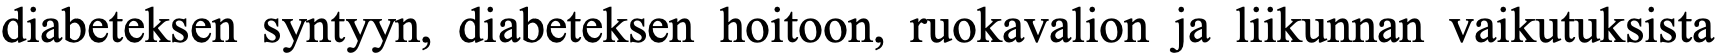
diabeteksen syntyyn, diabeteksen hoitoon, ruokavalion ja liikunnan vaikutuksista